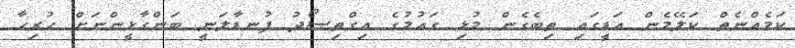
ކަމެއްނެތް ކަލޭމެން އަޑީގައި ތިބެގެން މުޅި ގައުމުގެ އިގްތިސޯދު ފުނޑާލަނީ ބަންގާޅީންނަށް ހުރިހާ